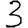
Digit: 3